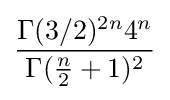
{\frac {\Gamma (3/2)^{2n}4^{n}}{\Gamma ({\frac {n}{2}}+1)^{2}}}